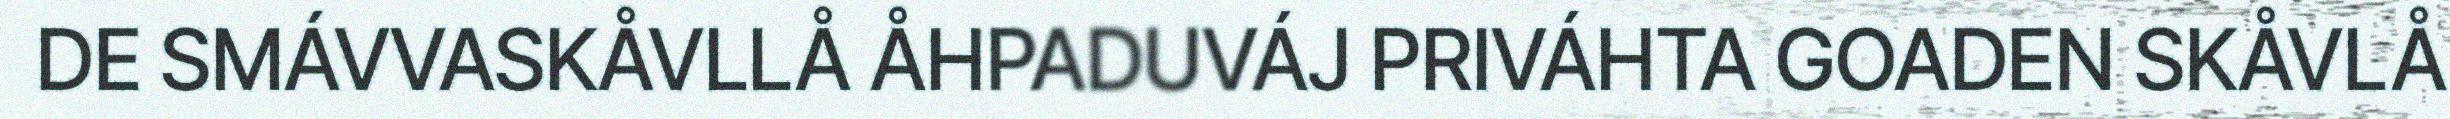
DE SMÁVVASKÅVLLÅ ÅHPADUVÁJ PRIVÁHTA GOADEN SKÅVLÅ